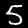
Digit: 5